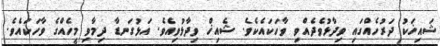
ޝައިޚަކު ދަރުހެއްގައި ވިދާޅުވެދެއްވި ވާހަކައެކެވެ. ޝެއިޚް ވިދާޅުވިއެވެ. އަޅުގަނޑާ ދިމާވި މީހެއްގެ ވާހަކައެވެ.